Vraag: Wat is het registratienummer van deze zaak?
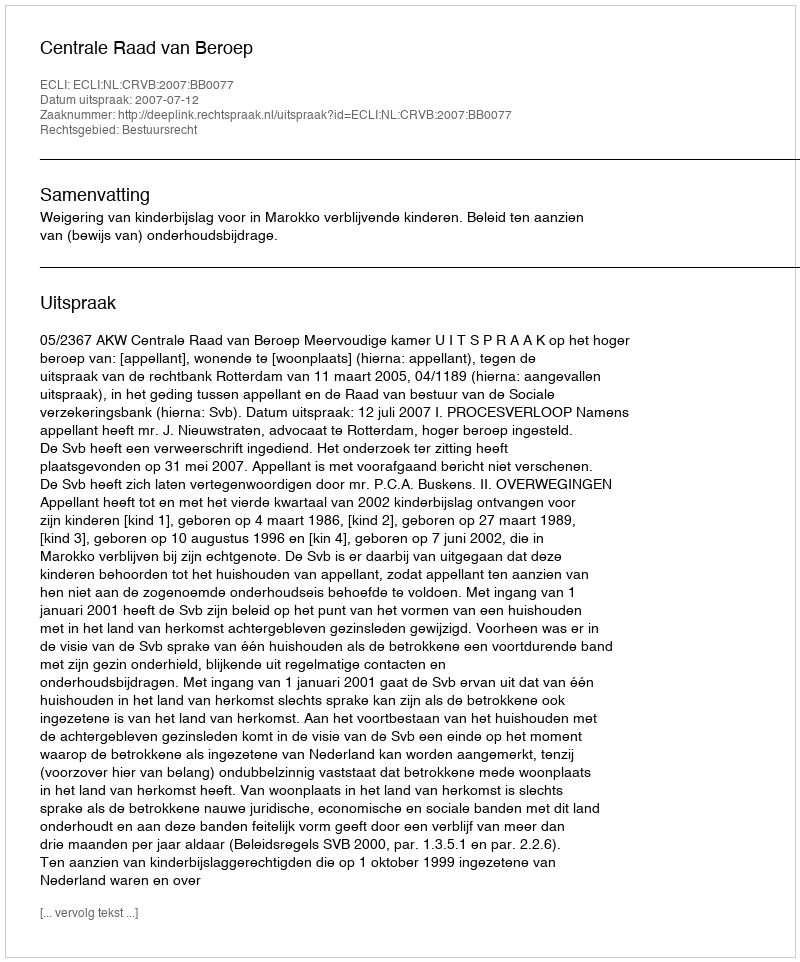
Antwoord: http://deeplink.rechtspraak.nl/uitspraak?id=ECLI:NL:CRVB:2007:BB0077